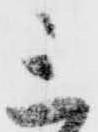
三